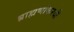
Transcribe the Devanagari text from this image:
ब्राह्मणांकरवी